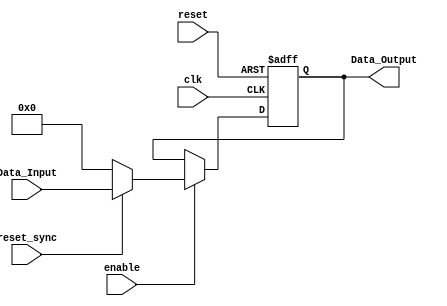

 module Register
#(
	parameter WORD_LENGTH = 4
)

(
	// Input Ports
	input clk,
	input reset,
	input enable,
	input reset_sync,
	input [WORD_LENGTH-1 : 0] Data_Input,

	// Output Ports
	output [WORD_LENGTH-1 : 0] Data_Output
);

reg  [WORD_LENGTH-1 : 0] Data_reg;

//hay prioridades de asignacin
/*
El reset asncrono tiene ms prioridad (el primer if lo asigna al reset)
*/

//solo debe estar en la lista sensible el clk y el reset
always@(negedge clk or negedge reset ) begin
	
	//dominio del reset
	if(reset == 1'b0) 
		Data_reg <= 0;
		//dominio del clk
	else begin
		if(enable==1'b1) begin
		//if(reset_sync==1'b1) begin
		
			if(reset_sync==1'b1)
			//if(enable==1'b1)
				Data_reg <= Data_Input;
			else 
				Data_reg <= 0;
		end
	end
			
end

assign Data_Output = Data_reg;

endmodule